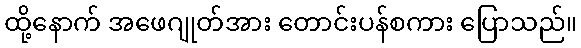
ထို့နောက် အဖေဂျုတ်အား တောင်းပန်စကား ပြောသည်။